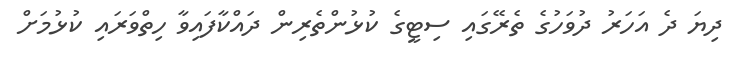
ދިޔަ ދެ އަހަރު ދުވަހުގެ ތެރޭގައި ސިޓީގެ ކުޅުންތެރިން ދައްކާފައިވާ ހިތްވަރައި ކުޅުމަށް